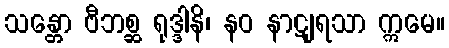
သန္တော ဗီဘစ္ဆ ရုဒ္ဒါနိ၊ နဝ နာဋျရသာ ဣမေ။